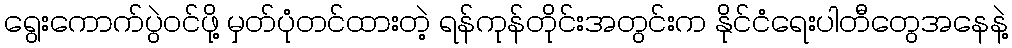
ရွေးကောက်ပွဲဝင်ဖို့ မှတ်ပုံတင်ထားတဲ့ ရန်ကုန်တိုင်းအတွင်းက နိုင်ငံရေးပါတီတွေအနေနဲ့